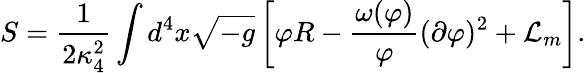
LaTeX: S=\frac{1}{2\kappa_{4}^{2}}\int d^{4}x\sqrt{-g}\left[\varphi R-\frac{\omega(\varphi)}{\varphi}(\partial\varphi)^{2}+{\cal L}_{m}\right].